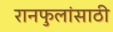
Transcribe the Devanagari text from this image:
रानफुलांसाठी